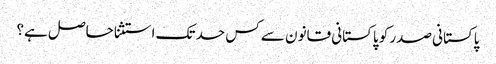
پاکستانی صدر کو پاکستانی قانون سے کس حد تک استثنا حاصل ہے؟